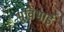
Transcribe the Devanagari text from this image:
भुविभाई